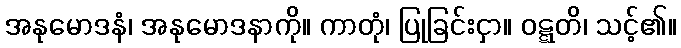
အနုမောဒနံ၊ အနုမောဒနာကို။ ကာတုံ၊ ပြုခြင်းငှာ။ ဝဋ္ဋတိ၊ သင့်၏။